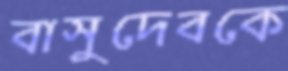
বাসুদেবকে